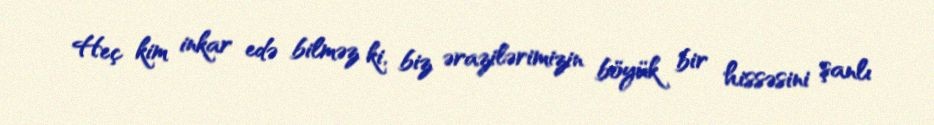
Heç kim inkar edə bilməz ki, biz ərazilərimizin böyük bir hissəsini şanlı